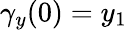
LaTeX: \gamma_{y}(0)=y_{1}